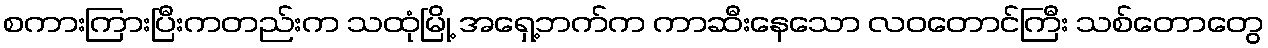
စကားကြားပြီးကတည်းက သထုံမြို့ အရှေ့ဘက်က ကာဆီးနေသော လဝတောင်ကြီး သစ်တောတွေ